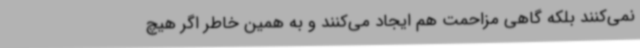
نمی‌کنند بلکه گاهی مزاحمت هم ایجاد می‌کنند و به همین خاطر اگر هیچ